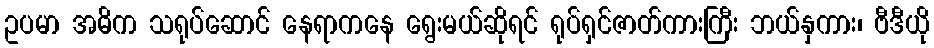
ဥပမာ အဓိက သရုပ်ဆောင် နေရာကနေ ရွေးမယ်ဆိုရင် ရုပ်ရှင်ဇာတ်ကားကြီး ဘယ်နှကား၊ ဗီဒီယို